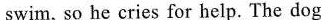
swim, so he cries for help. The dog